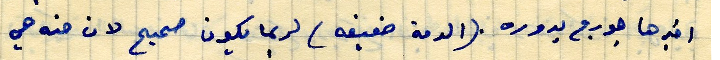
اخبرها جورج بدوره .(الدمة ضعيفه) لربما يكون صحيح لان حنه هي